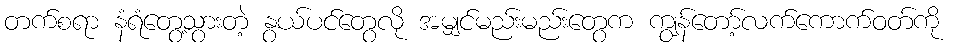
တက်စရာ နံရံတွေ့သွားတဲ့ နွယ်ပင်တွေလို အမျှင်မည်းမည်းတွေက ကျွန်တော့်လက်ကောက်ဝတ်ကို